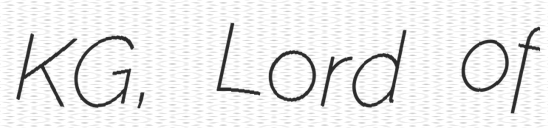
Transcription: KG, Lord of